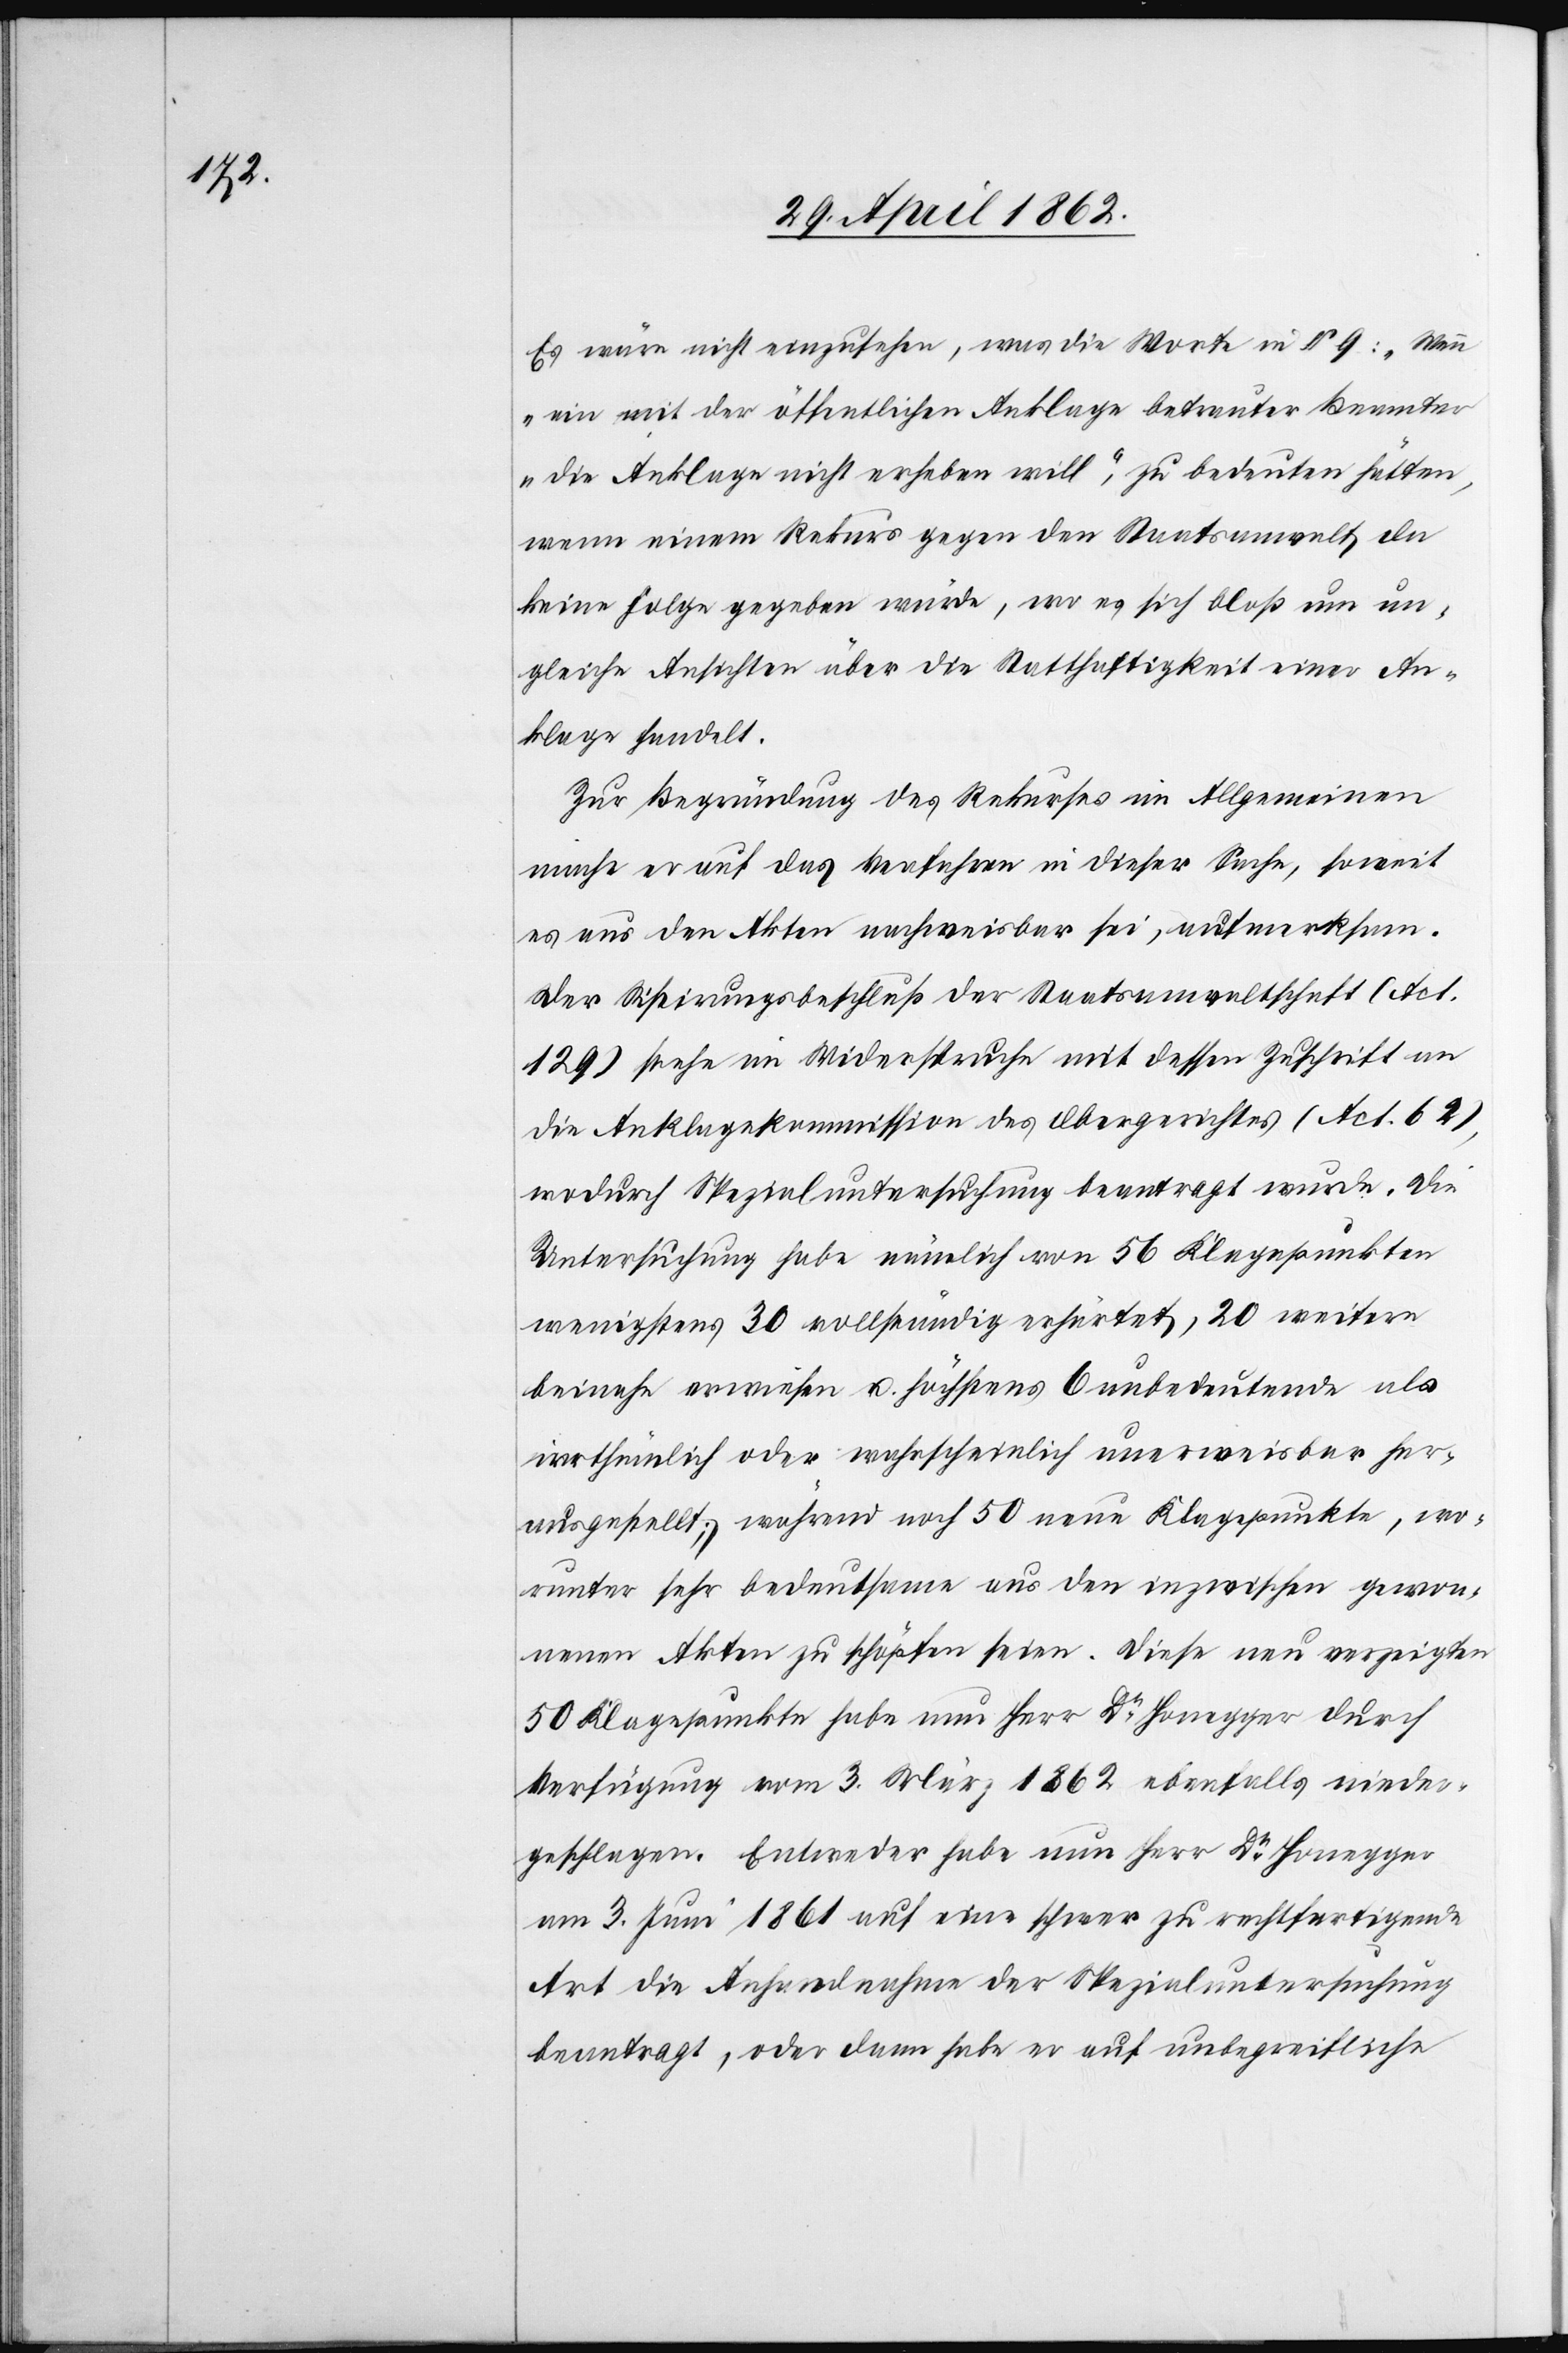
Es wäre nicht einzusehen, was die Worte in § 9: „Wenn
ein mit der öffentlichen Anklage betreuter Beamter
die Anklage nicht erheben will“, zu bedeuten hätten,
wenn einem Rekurs gegen den Staatsanwalt da
keine Folge gegeben würde, wo es sich bloß um un¬
gleiche Ansichten über die Statthaftigkeit einer An¬
klage handelt.
Zur Begründung des Rekurses im Allgemeinen
mache er auf das Verfahren in dieser Sache, soweit
es aus den Akten nachweisbar sei, aufmerksam.
Der Sistirungsbeschluß der Staatsanwaltschaft (Act.
129) stehe im Widerspruch mit dessen Zuschrift an
die Anklagekommission des Obergerichtes (Act. 62),
wodurch Spezialuntersuchung beauftragt wurde. Die
Untersuchung habe nämlich von 56 Klagepunkten
wenigstens 30 vollständig erhärtet, 20 weitere
beinahe erwiesen u. höchstens 6 unbedeutende als
irrthümlich oder wahrscheinlich unerweisbar her¬
ausgestellt; während noch 50 neue Klagepunkte, wo¬
runter sehr bedeutsame aus den inzwischen gewon¬
nenen Akten zu schöpfen seien. Diese neu verzeigten
50 Klagepunkte habe nun Herr Dr. Honegger durch
Verfügung vom 3. März 1862 ebenfalls nieder¬
geschlagen. Entweder habe nun Herr Dr. Honegger
am 3. Juni 1861 auf eine schwer zu rechtfertigende
Art die Anhandnahme der Spezialuntersuchung
beauftragt, oder dann habe er auf unbegreifliche